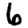
Digit: 6